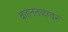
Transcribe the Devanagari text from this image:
वाहनतळावर